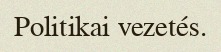
Politikai vezetés.